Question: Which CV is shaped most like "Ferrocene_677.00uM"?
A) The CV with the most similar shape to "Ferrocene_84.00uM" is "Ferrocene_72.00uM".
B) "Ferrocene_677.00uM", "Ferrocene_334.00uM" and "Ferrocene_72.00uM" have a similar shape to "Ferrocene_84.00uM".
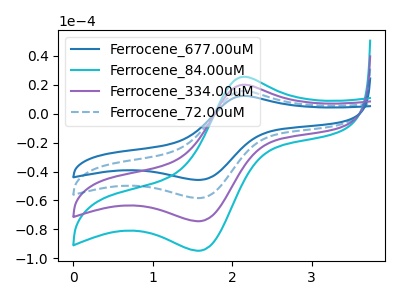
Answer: <think>The blue curve "Ferrocene_677.00uM" has an anodic peak at (2.15V, 60.20uA) and a cathodic peak at (1.60V, -222.85uA). The cyan curve "Ferrocene_84.00uM" has an anodic peak at (2.15V, 25.55uA) and a cathodic peak at (1.60V, -94.65uA). The purple curve "Ferrocene_334.00uM" has an anodic peak at (2.15V, 20.05uA) and a cathodic peak at (1.60V, -74.30uA). The blue dashed curve "Ferrocene_72.00uM" has an anodic peak at (2.15V, 40.10uA) and a cathodic peak at (1.60V, -148.60uA).
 All the peaks in "Ferrocene_677.00uM" have a peak in "Ferrocene_84.00uM" at the same potential. Every peak in "Ferrocene_677.00uM" is higher than every peak in "Ferrocene_84.00uM". All the peaks in "Ferrocene_677.00uM" have a peak in "Ferrocene_334.00uM" at the same potential. Every peak in "Ferrocene_677.00uM" is higher than every peak in "Ferrocene_334.00uM". All the peaks in "Ferrocene_677.00uM" have a peak in "Ferrocene_72.00uM" at the same potential. Every peak in "Ferrocene_677.00uM" is higher than every peak in "Ferrocene_72.00uM". All the peaks in "Ferrocene_84.00uM" have a peak in "Ferrocene_334.00uM" at the same potential. Every peak in "Ferrocene_84.00uM" is higher than every peak in "Ferrocene_334.00uM". All the peaks in "Ferrocene_84.00uM" have a peak in "Ferrocene_72.00uM" at the same potential. Every peak in "Ferrocene_84.00uM" is lower than every peak in "Ferrocene_72.00uM". All the peaks in "Ferrocene_334.00uM" have a peak in "Ferrocene_72.00uM" at the same potential. Every peak in "Ferrocene_334.00uM" is lower than every peak in "Ferrocene_72.00uM".</think>
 <answer>B) "Ferrocene_677.00uM", "Ferrocene_334.00uM" and "Ferrocene_72.00uM" have a similar shape to "Ferrocene_84.00uM".</answer>
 <eval>B</eval>